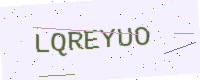
Text: LQREYUO